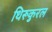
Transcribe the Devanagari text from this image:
थिरूकुरल